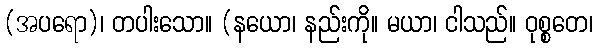
(အပရော)၊ တပါးသော။ (နယော၊ နည်းကို။ မယာ၊ ငါသည်။ ဝုစ္စတေ၊